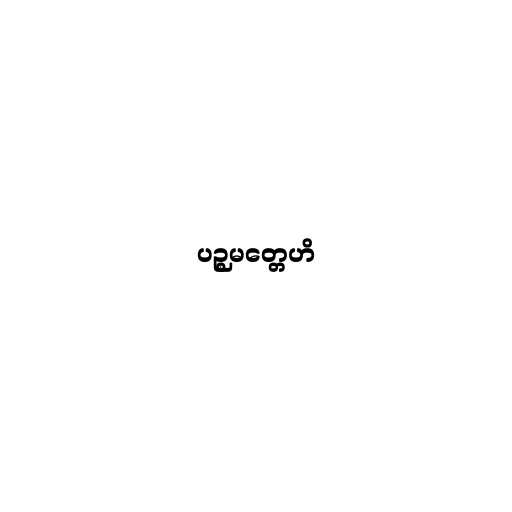
ပဉ္စမတ္တေဟိ